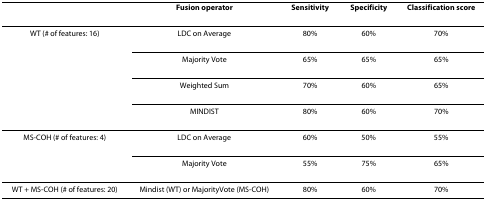
<table><thead><tr><td></td><td><b>Fusion operator</b></td><td><b>Sensitivity</b></td><td><b>Specificity</b></td><td><b>Classification score</b></td></tr></thead><tbody><tr><td>WT (# of features: 16)</td><td>LDC on Average</td><td>80%</td><td>60%</td><td>70%</td></tr><tr><td></td><td>Majority Vote</td><td>65%</td><td>65%</td><td>65%</td></tr><tr><td></td><td>Weighted Sum</td><td>70%</td><td>60%</td><td>65%</td></tr><tr><td></td><td>MINDIST</td><td>80%</td><td>60%</td><td>70%</td></tr><tr><td>MS-COH (# of features: 4)</td><td>LDC on Average</td><td>60%</td><td>50%</td><td>55%</td></tr><tr><td></td><td>Majority Vote</td><td>55%</td><td>75%</td><td>65%</td></tr><tr><td>WT + MS-COH (# of features: 20)</td><td>Mindist (WT) or MajorityVote (MS-COH)</td><td>80%</td><td>60%</td><td>70%</td></tr></tbody></table>